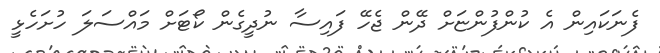
ފެނަކައިން އެ ކުންފުންޏަށް ދޭން ޖެހޭ ފައިސާ ނުދީގެން ކޯޓަށް މައްސަލަ ހުށަހެޅީ